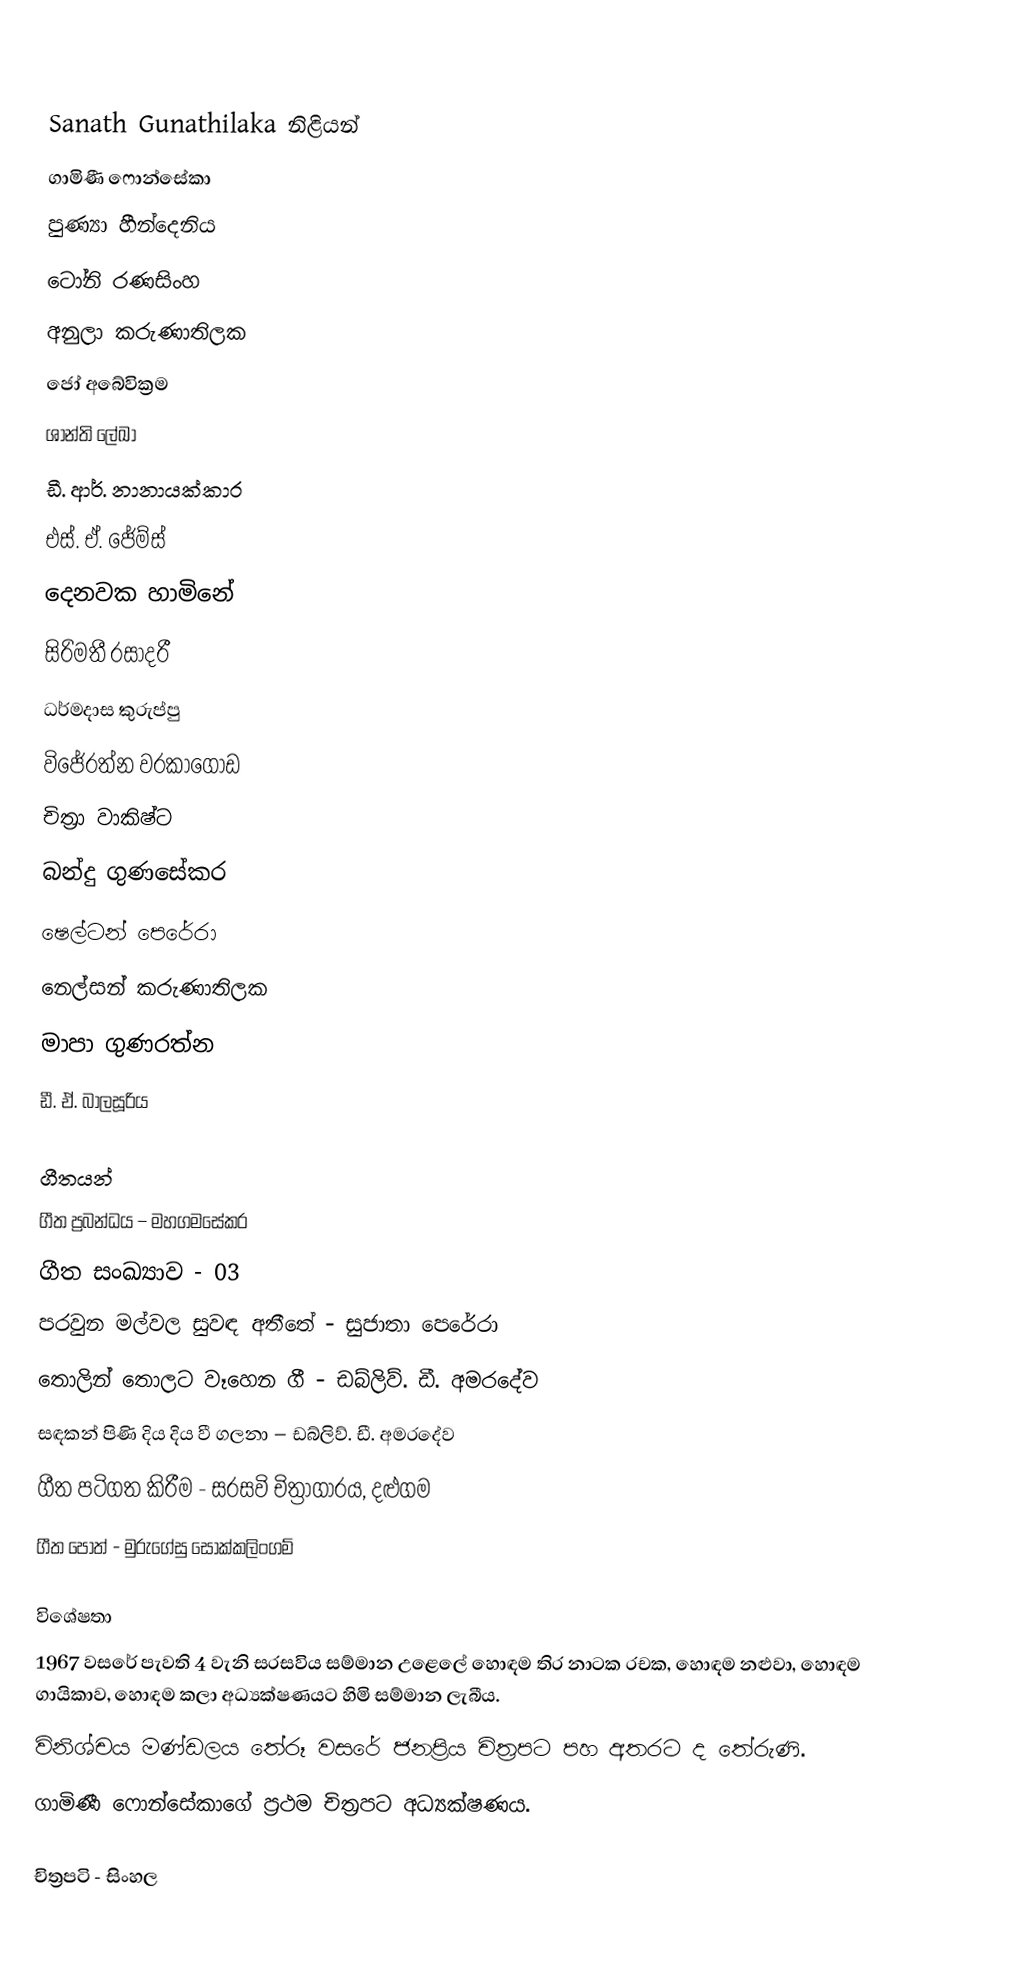

Sanath Gunathilaka නිළියන්
ගාමිණී ෆොන්සේකා
පුණ්‍යා හීන්දෙනිය
ටෝනි රණසිංහ
අනුලා කරුණාතිලක
ජෝ අබේවික්‍රම
ශාන්ති ලේඛා
ඩී. ආර්. නානායක්කාර
එස්. ඒ. ජේම්ස්
දෙනවක හාමිනේ
සිරිමතී රසාදරී
ධර්මදාස කුරුප්පු
විජේරත්න වරකාගොඩ
චිත්‍රා වාකිෂ්ට
බන්දු ගුණසේකර
ෂෙල්ටන් පෙරේරා
නෙල්සන් කරුණාතිලක
මාපා ගුණරත්න
ඩී. ඒ. බාලසූරිය

ගීතයන්
ගීත ප්‍රබන්ධය – මහගමසේකර
ගීත සංඛ්‍යාව - 03
පරවුන මල්වල සුවඳ අතීතේ - සුජාතා පෙරේරා
තොලින් තොලට වෑහෙන ගී - ඩබ්ලිව්. ඩී. අමරදේව
සඳකන් පිණි දිය දිය වී ගලනා – ඩබ්ලිව්. ඩී. අමරදේව
ගීත පටිගත කිරීම - සරසවි චිත්‍රාගාරය, දළුගම
ගීත පොත් - මුරුගේසු සොක්කලිංගම්

විශේෂතා
1967 වසරේ පැවති 4 වැනි සරසවිය සම්මාන උළෙලේ හොඳම තිර නාටක රචක, හොඳම නළුවා, හොඳම ගායිකාව, හොඳම කලා අධ්‍යක්ෂණයට හිමි සම්මාන ලැබීය.
විනිශ්චය මණ්ඩලය තේරූ වසරේ ජනප්‍රිය චිත්‍රපට පහ අතරට ද තේරුණි.
ගාමිණී ෆොන්සේකාගේ ප්‍රථම චිත්‍රපට අධ්‍යක්ෂණය.

චිත්‍රපටි - සිංහල